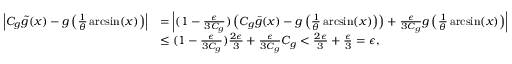
\begin{array} { r l } { \left| C _ { g } \tilde { g } ( x ) - g \left( \frac { 1 } { \theta } \arcsin ( x ) \right) \right| } & { = \left| ( 1 - \frac { \epsilon } { 3 C _ { g } } ) \left( C _ { g } \bar { g } ( x ) - g \left( \frac { 1 } { \theta } \arcsin ( x ) \right) \right) + \frac { \epsilon } { 3 C _ { g } } g \left( \frac { 1 } { \theta } \arcsin ( x ) \right) \right| } \\ & { \leq ( 1 - \frac { \epsilon } { 3 C _ { g } } ) \frac { 2 \epsilon } { 3 } + \frac { \epsilon } { 3 C _ { g } } C _ { g } < \frac { 2 \epsilon } { 3 } + \frac { \epsilon } { 3 } = \epsilon , } \end{array}